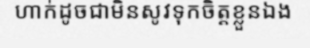
ហាក់ដូចជាមិនសូវទុកចិត្តខ្លួនឯង